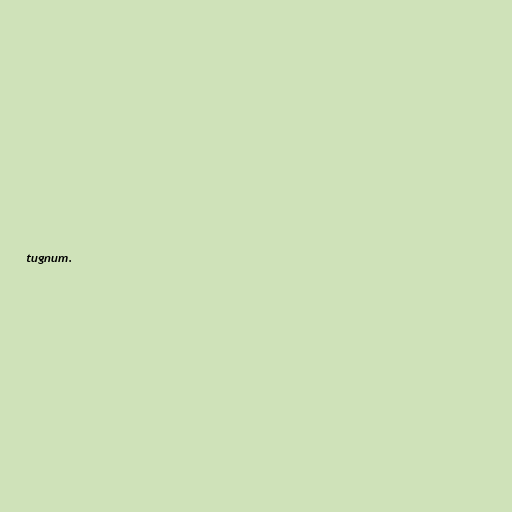
tugnum.